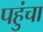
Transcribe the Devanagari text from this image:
पहुुंचा